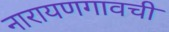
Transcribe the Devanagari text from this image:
नारायणगावची